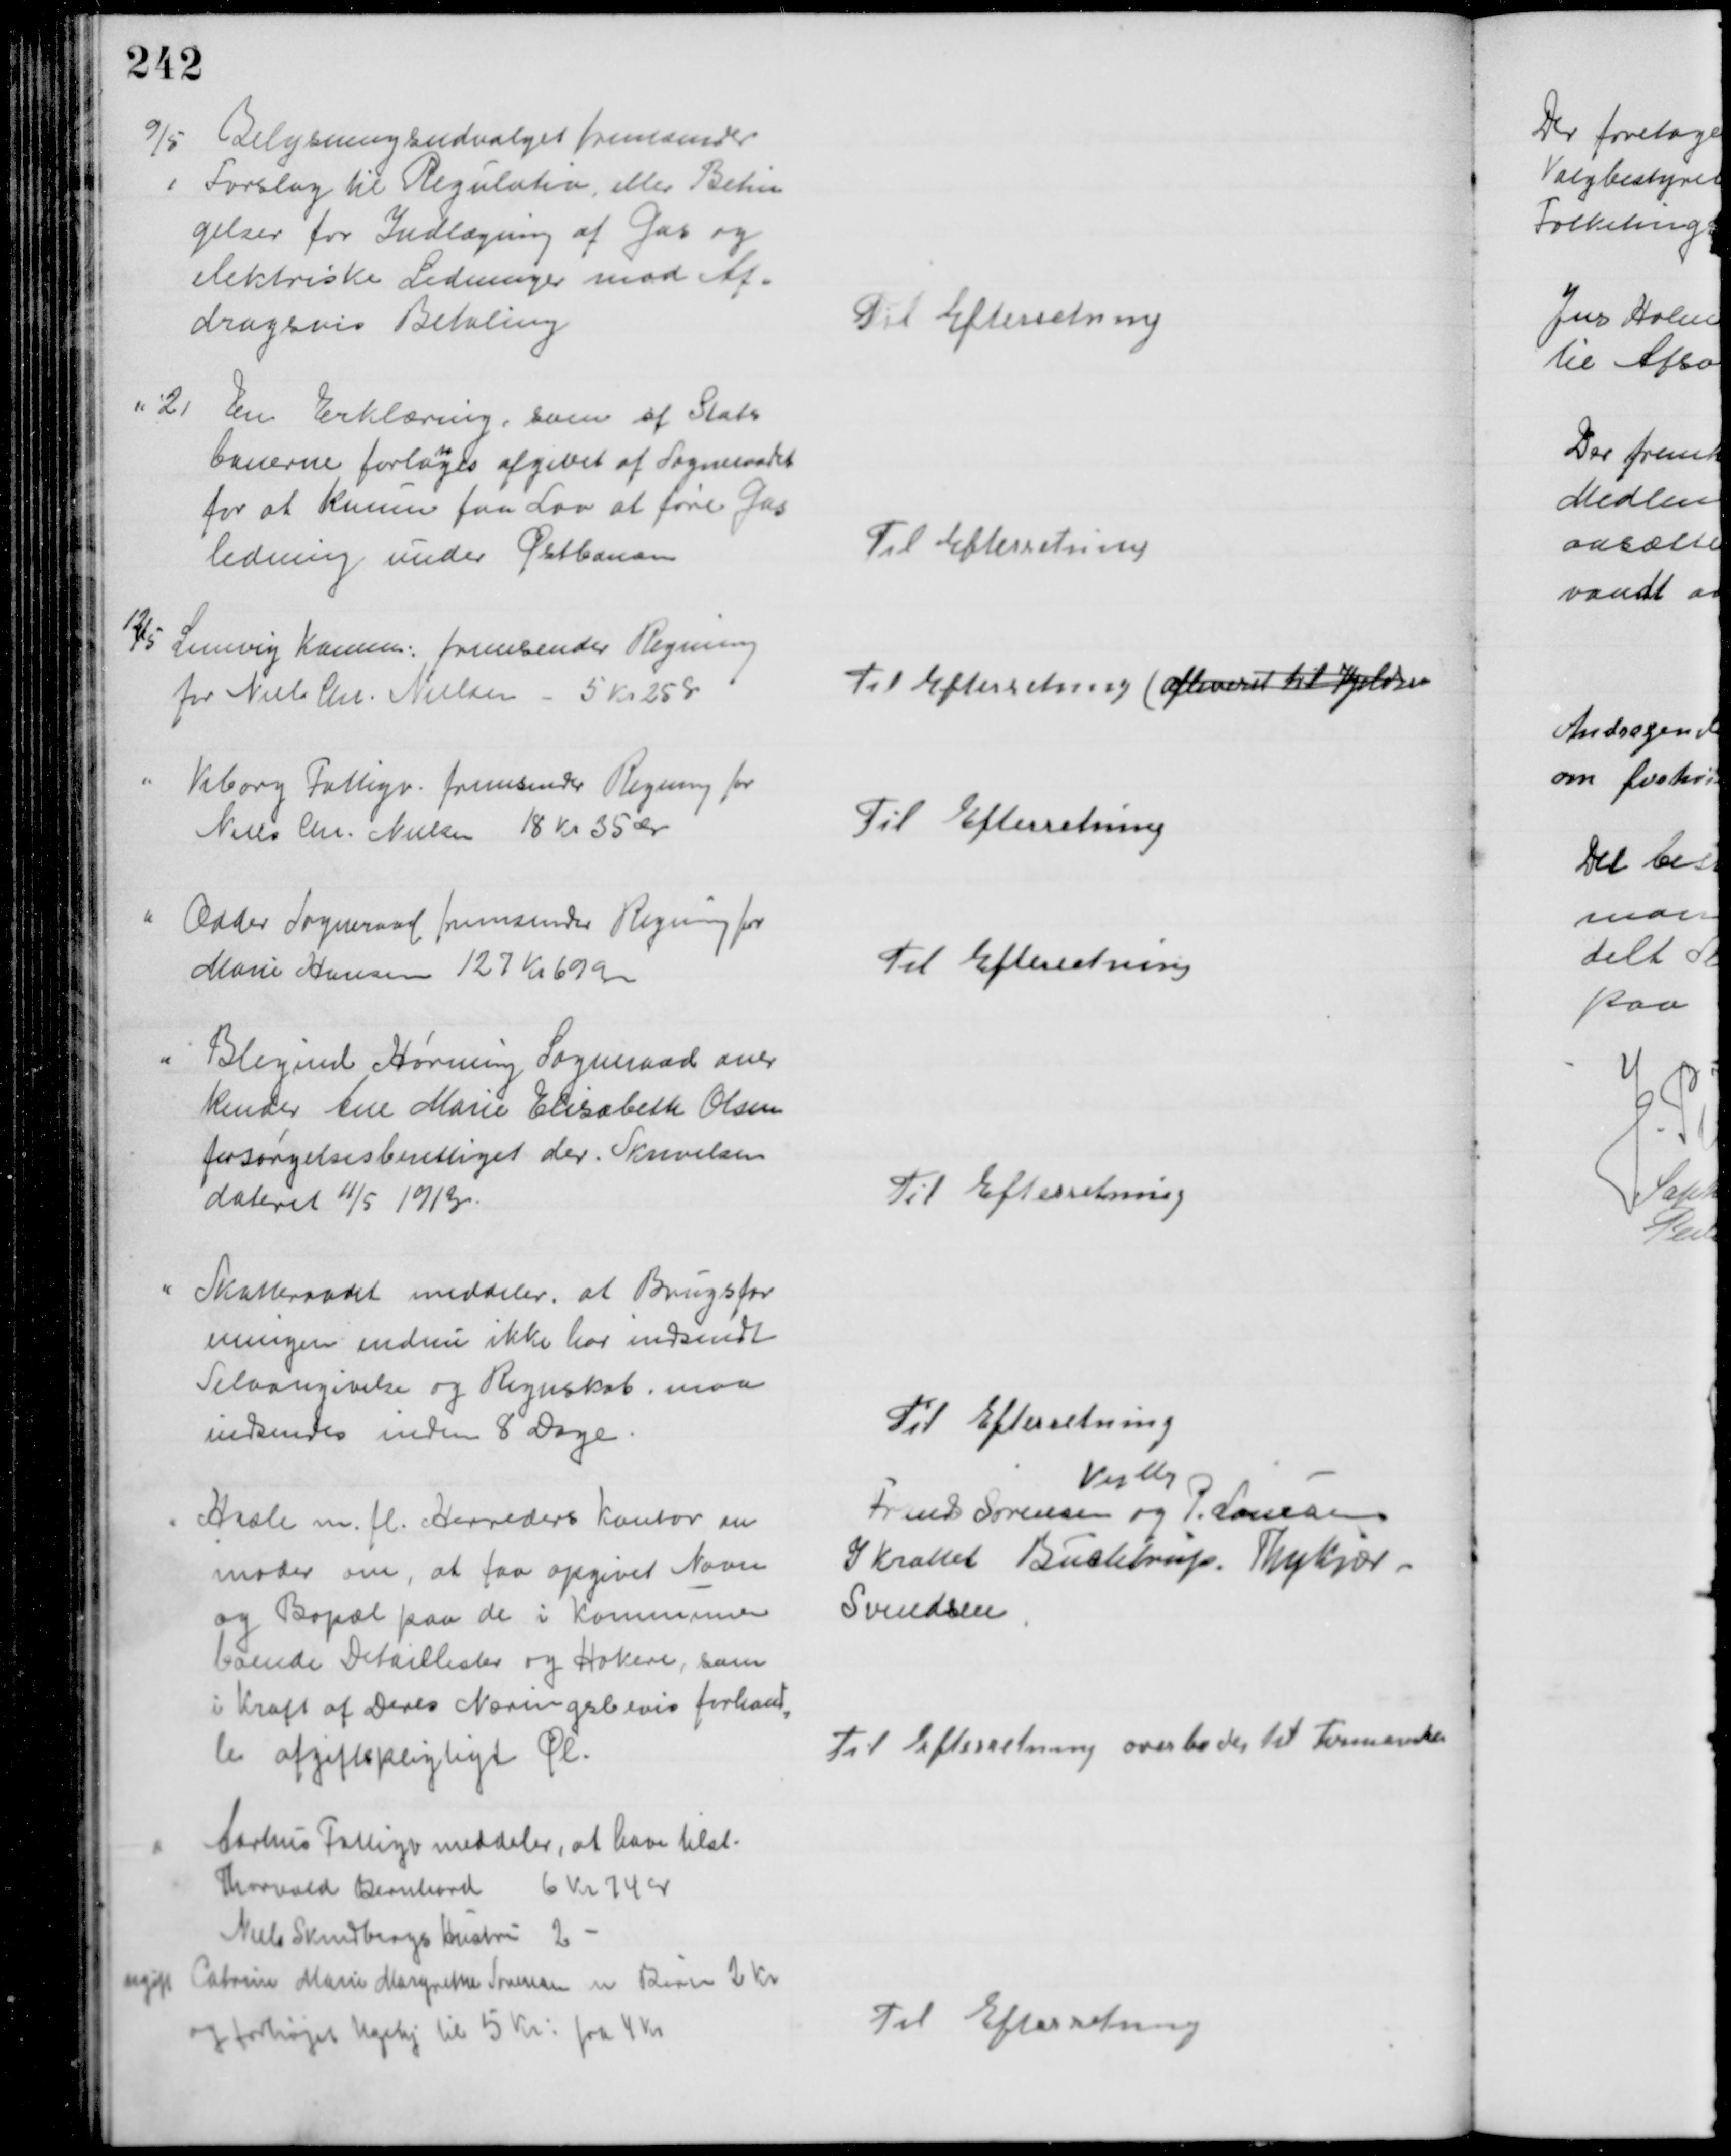
Transskription:
9/5
Belysningsudvalget fremsender
1
Forslag til Regulativ, eller Betin
gelser for Indlægning af Gas og 
elektriske Ledninger mod Af=
dragsvis Betaling
Til Efterretning
2
En Erklæring, som af Stats
banerne forla
n
ges afgivet af Sogneraadet
for at kunne faa Lov at føre Gas
ledning under Østbanen
Til Efterretning
12/5 
Lemvig Komm: fremsender Regning
for Niels Chr. Nielsen - 5 Kr 25 Ør
Til Efterretning (afleveret til Kjeldsen
Viborg Fattigv. fremsender Regning for
Niels Chr. Nielsen 18 Kr 35 Øre
Til Efterretning
Odder Sogneraad fremsender Regning for
Marie Hansen 127 Kr. 69 Øre
Til Efterretning
Blegind Hørning Sogneraad aner
kender Ane Marie Elisabeth Olsen
forsørgelsesberettiget der. Skrivelsen
dateret 11/5 1913.
Til Efterretning
Skatteraadet meddeler, at Brugsfor
eningen endnu ikke har indsendt
Selvangivelse og Regnskab, maa
indsendes inden 8 Dage
Til Efterretning
Hasle m. fl. Herreders Kontor an
moder om, at faa opgivet Navn
og Bopæl paa de i Kommunen
boende Detaillister og Høkere, som
i Kraft af Deres Næringsbevis forhand
=
ler afgiftspligtigt Øl.
Vejlby
Frands Sørensen og P. Lausen
I Krattet Buchtrup, Thykjær 
Svendsen
Til Efterretning overlodes til Formanden
Aarhus Fattigv meddeler, at have tilst.
Thorvald Bernhard 6 Kr 74 Ør
Niels Skindbergs Hustru 2
ugift Catrine Marie Margrethe Sørensen m Børn 2 Kr
og forhøjet Ugehj til 5 Kr: fra 4 Kr
Til Efterretning